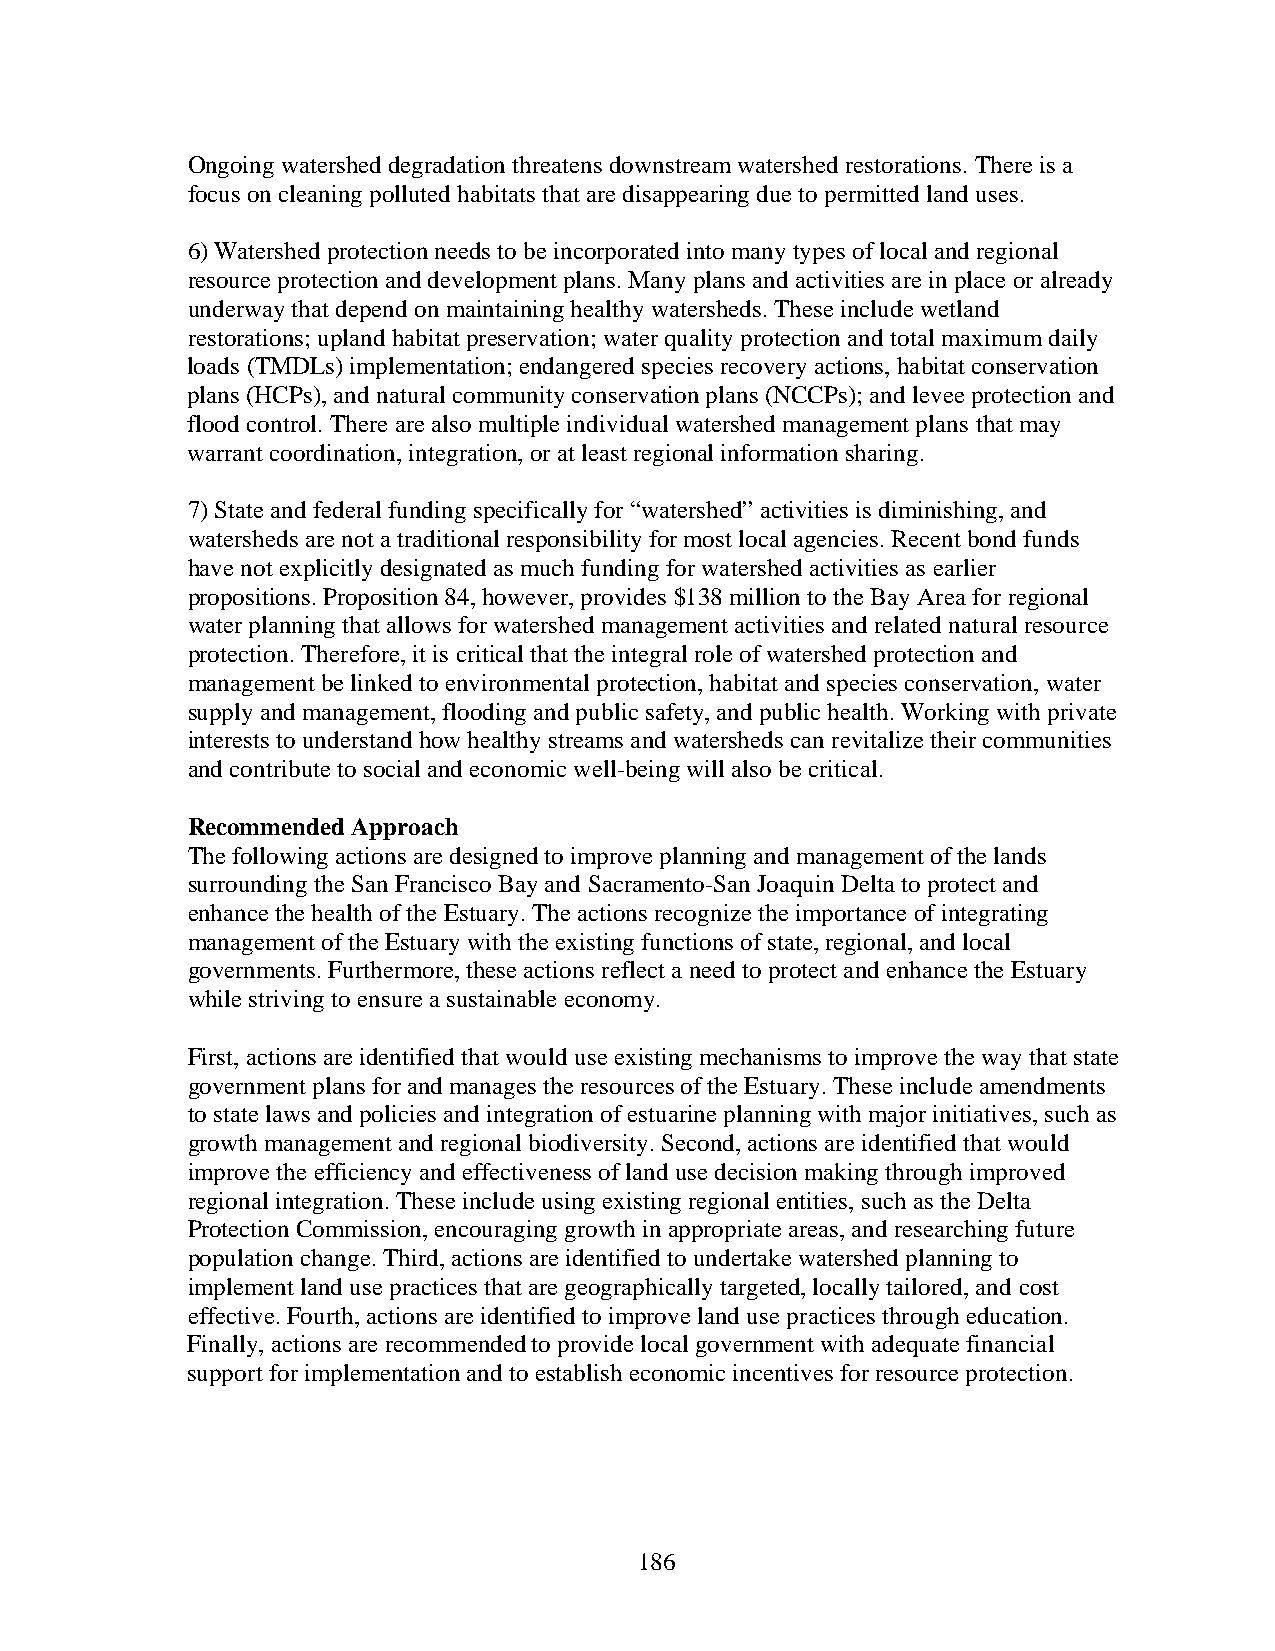
Ongoing watershed degradation threatens downstream watershed restorations. There is a
 focus on cleaning polluted habitats that are disappearing due to permitted land uses.
 6) Watershed protection needs to be incorporated into many types of local and regional
 resource protection and development plans. Many plans and activities are in place or already
 underway that depend on maintaining healthy watersheds. These include wetland
 restorations; upland habitat preservation; water quality protection and total maximum daily
 loads (TMDLs) implementation; endangered species recovery actions, habitat conservation
 plans (HCPs), and natural community conservation plans (NCCPs); and levee protection and
 flood control. There are also multiple individual watershed management plans that may
 warrant coordination, integration, or at least regional information sharing.
 7) State and federal funding specifically for “watershed” activities is diminishing, and
 watersheds are not a traditional responsibility for most local agencies. Recent bond funds
 have not explicitly designated as much funding for watershed activities as earlier
 propositions. Proposition 84, however, provides $138 million to the Bay Area for regional
 water planning that allows for watershed management activities and related natural resource
 protection. Therefore, it is critical that the integral role of watershed protection and
 management be linked to environmental protection, habitat and species conservation, water
 supply and management, flooding and public safety, and public health. Working with private
 interests to understand how healthy streams and watersheds can revitalize their communities
 and contribute to social and economic well-being will also be critical.
 Recommended Approach
 The following actions are designed to improve planning and management of the lands
 surrounding the San Francisco Bay and Sacramento-San Joaquin Delta to protect and
 enhance the health of the Estuary. The actions recognize the importance of integrating
 management of the Estuary with the existing functions of state, regional, and local
 governments. Furthermore, these actions reflect a need to protect and enhance the Estuary
 while striving to ensure a sustainable economy.
 First, actions are identified that would use existing mechanisms to improve the way that state
 government plans for and manages the resources of the Estuary. These include amendments
 to state laws and policies and integration of estuarine planning with major initiatives, such as
 growth management and regional biodiversity. Second, actions are identified that would
 improve the efficiency and effectiveness of land use decision making through improved
 regional integration. These include using existing regional entities, such as the Delta
 Protection Commission, encouraging growth in appropriate areas, and researching future
 population change. Third, actions are identified to undertake watershed planning to
 implement land use practices that are geographically targeted, locally tailored, and cost
 effective. Fourth, actions are identified to improve land use practices through education.
 Finally, actions are recommended to provide local government with adequate financial
 support for implementation and to establish economic incentives for resource protection.
 186